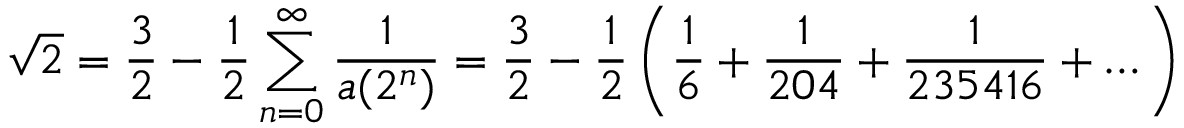
{ \sqrt { 2 } } = { \frac { 3 } { 2 } } - { \frac { 1 } { 2 } } \sum _ { n = 0 } ^ { \infty } { \frac { 1 } { a ( 2 ^ { n } ) } } = { \frac { 3 } { 2 } } - { \frac { 1 } { 2 } } \left( { \frac { 1 } { 6 } } + { \frac { 1 } { 2 0 4 } } + { \frac { 1 } { 2 3 5 4 1 6 } } + \dots \right)